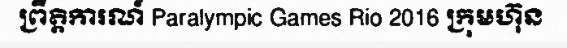
ព្រឹត្តិការណ៍ Paralympic Games Rio 2016 ក្រុមហ៊ុន